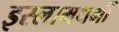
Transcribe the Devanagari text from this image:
इस्लामधर्मी